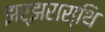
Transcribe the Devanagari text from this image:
झर्झरास्थि